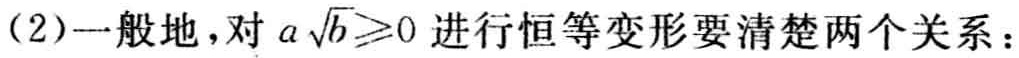
(2)一般地，对\(a\sqrt{b}\geqslant0\)进行恒等变形要清楚两个关系：